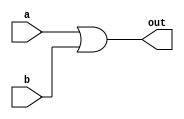
`timescale 1 ns / 1 ns

module or2(a, b, out);

input a, b;
output out;

assign #10 out = a | b;
endmodule